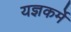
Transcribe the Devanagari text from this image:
यज्ञकर्मे